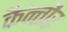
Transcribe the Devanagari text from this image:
कैन्तौर